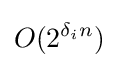
O(2^{\delta _{i}n})